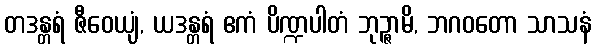
တဒန္တရံ ဇီဝေယျံ, ယဒန္တရံ ဧကံ ပိဏ္ဍပါတံ ဘုဉ္ဇာမိ, ဘဂဝတော သာသနံ